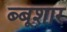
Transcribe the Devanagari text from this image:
ब्बूशार